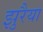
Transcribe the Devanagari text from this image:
झुरैया